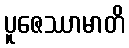
ပူဇေဿာမာတိ